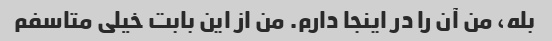
بله، من آن را در اینجا دارم. من از این بابت خیلی متاسفم